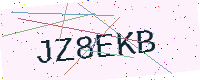
Text: JZ8EKB